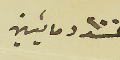
عدد ٢٠٠ مايتين